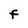
Character: F